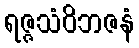
ရဇ္ဇသံဝိဘဇနံ